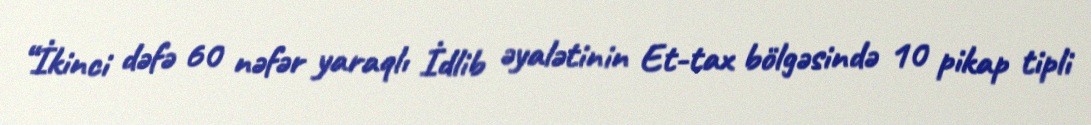
“İkinci dəfə 60 nəfər yaraqlı İdlib əyalətinin Et-tax bölgəsində 10 pikap tipli